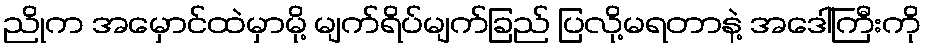
ညိုက အမှောင်ထဲမှာမို့ မျက်ရိပ်မျက်ခြည် ပြလို့မရတာနဲ့ အဒေါ်ကြီးကို